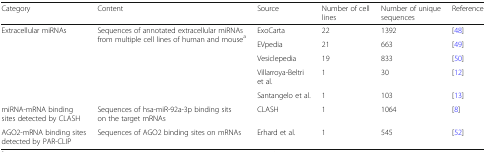
<table><thead><tr><td><b>Category</b></td><td><b>Content</b></td><td><b>Source</b></td><td><b>Number of cell lines</b></td><td><b>Number of unique sequences</b></td><td><b>Reference</b></td></tr></thead><tbody><tr><td rowspan="5">Extracellular miRNAs</td><td rowspan="5">Sequences of annotated extracellular miRNAs from multiple cell lines of human and mouse<sup>a</sup></td><td>ExoCarta</td><td>22</td><td>1392</td><td>[48]</td></tr><tr><td>EVpedia</td><td>21</td><td>663</td><td>[49]</td></tr><tr><td>Vesiclepedia</td><td>19</td><td>833</td><td>[50]</td></tr><tr><td>Villarroya-Beltri et al.</td><td>1</td><td>30</td><td>[12]</td></tr><tr><td>Santangelo et al.</td><td>1</td><td>103</td><td>[13]</td></tr><tr><td>miRNA-mRNA binding sites detected by CLASH</td><td>Sequences of hsa-miR-92a-3p binding sits on the target mRNAs</td><td>CLASH</td><td>1</td><td>1064</td><td>[8]</td></tr><tr><td>AGO2-mRNA binding sites detected by PAR-CLIP</td><td>Sequences of AGO2 binding sites on mRNAs</td><td>Erhard et al.</td><td>1</td><td>545</td><td>[52]</td></tr></tbody></table>